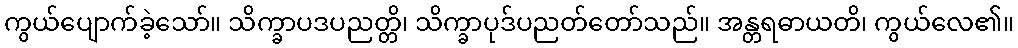
ကွယ်ပျောက်ခဲ့သော်။ သိက္ခာပဒပညတ္တိ၊ သိက္ခာပုဒ်ပညတ်တော်သည်။ အန္တရဓာယတိ၊ ကွယ်လေ၏။